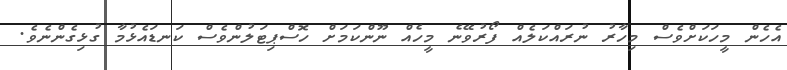
އެހެން މީހަކަށްވެސް މިހާރު ނުރައްކަލެއް ފޯރުވޭނެ މީހެއް ނޫންކަމަށް ހޮސްޕިޓަލުންވެސް ކަނޑައެޅުމާ ގުޅިގެންނެވެ.